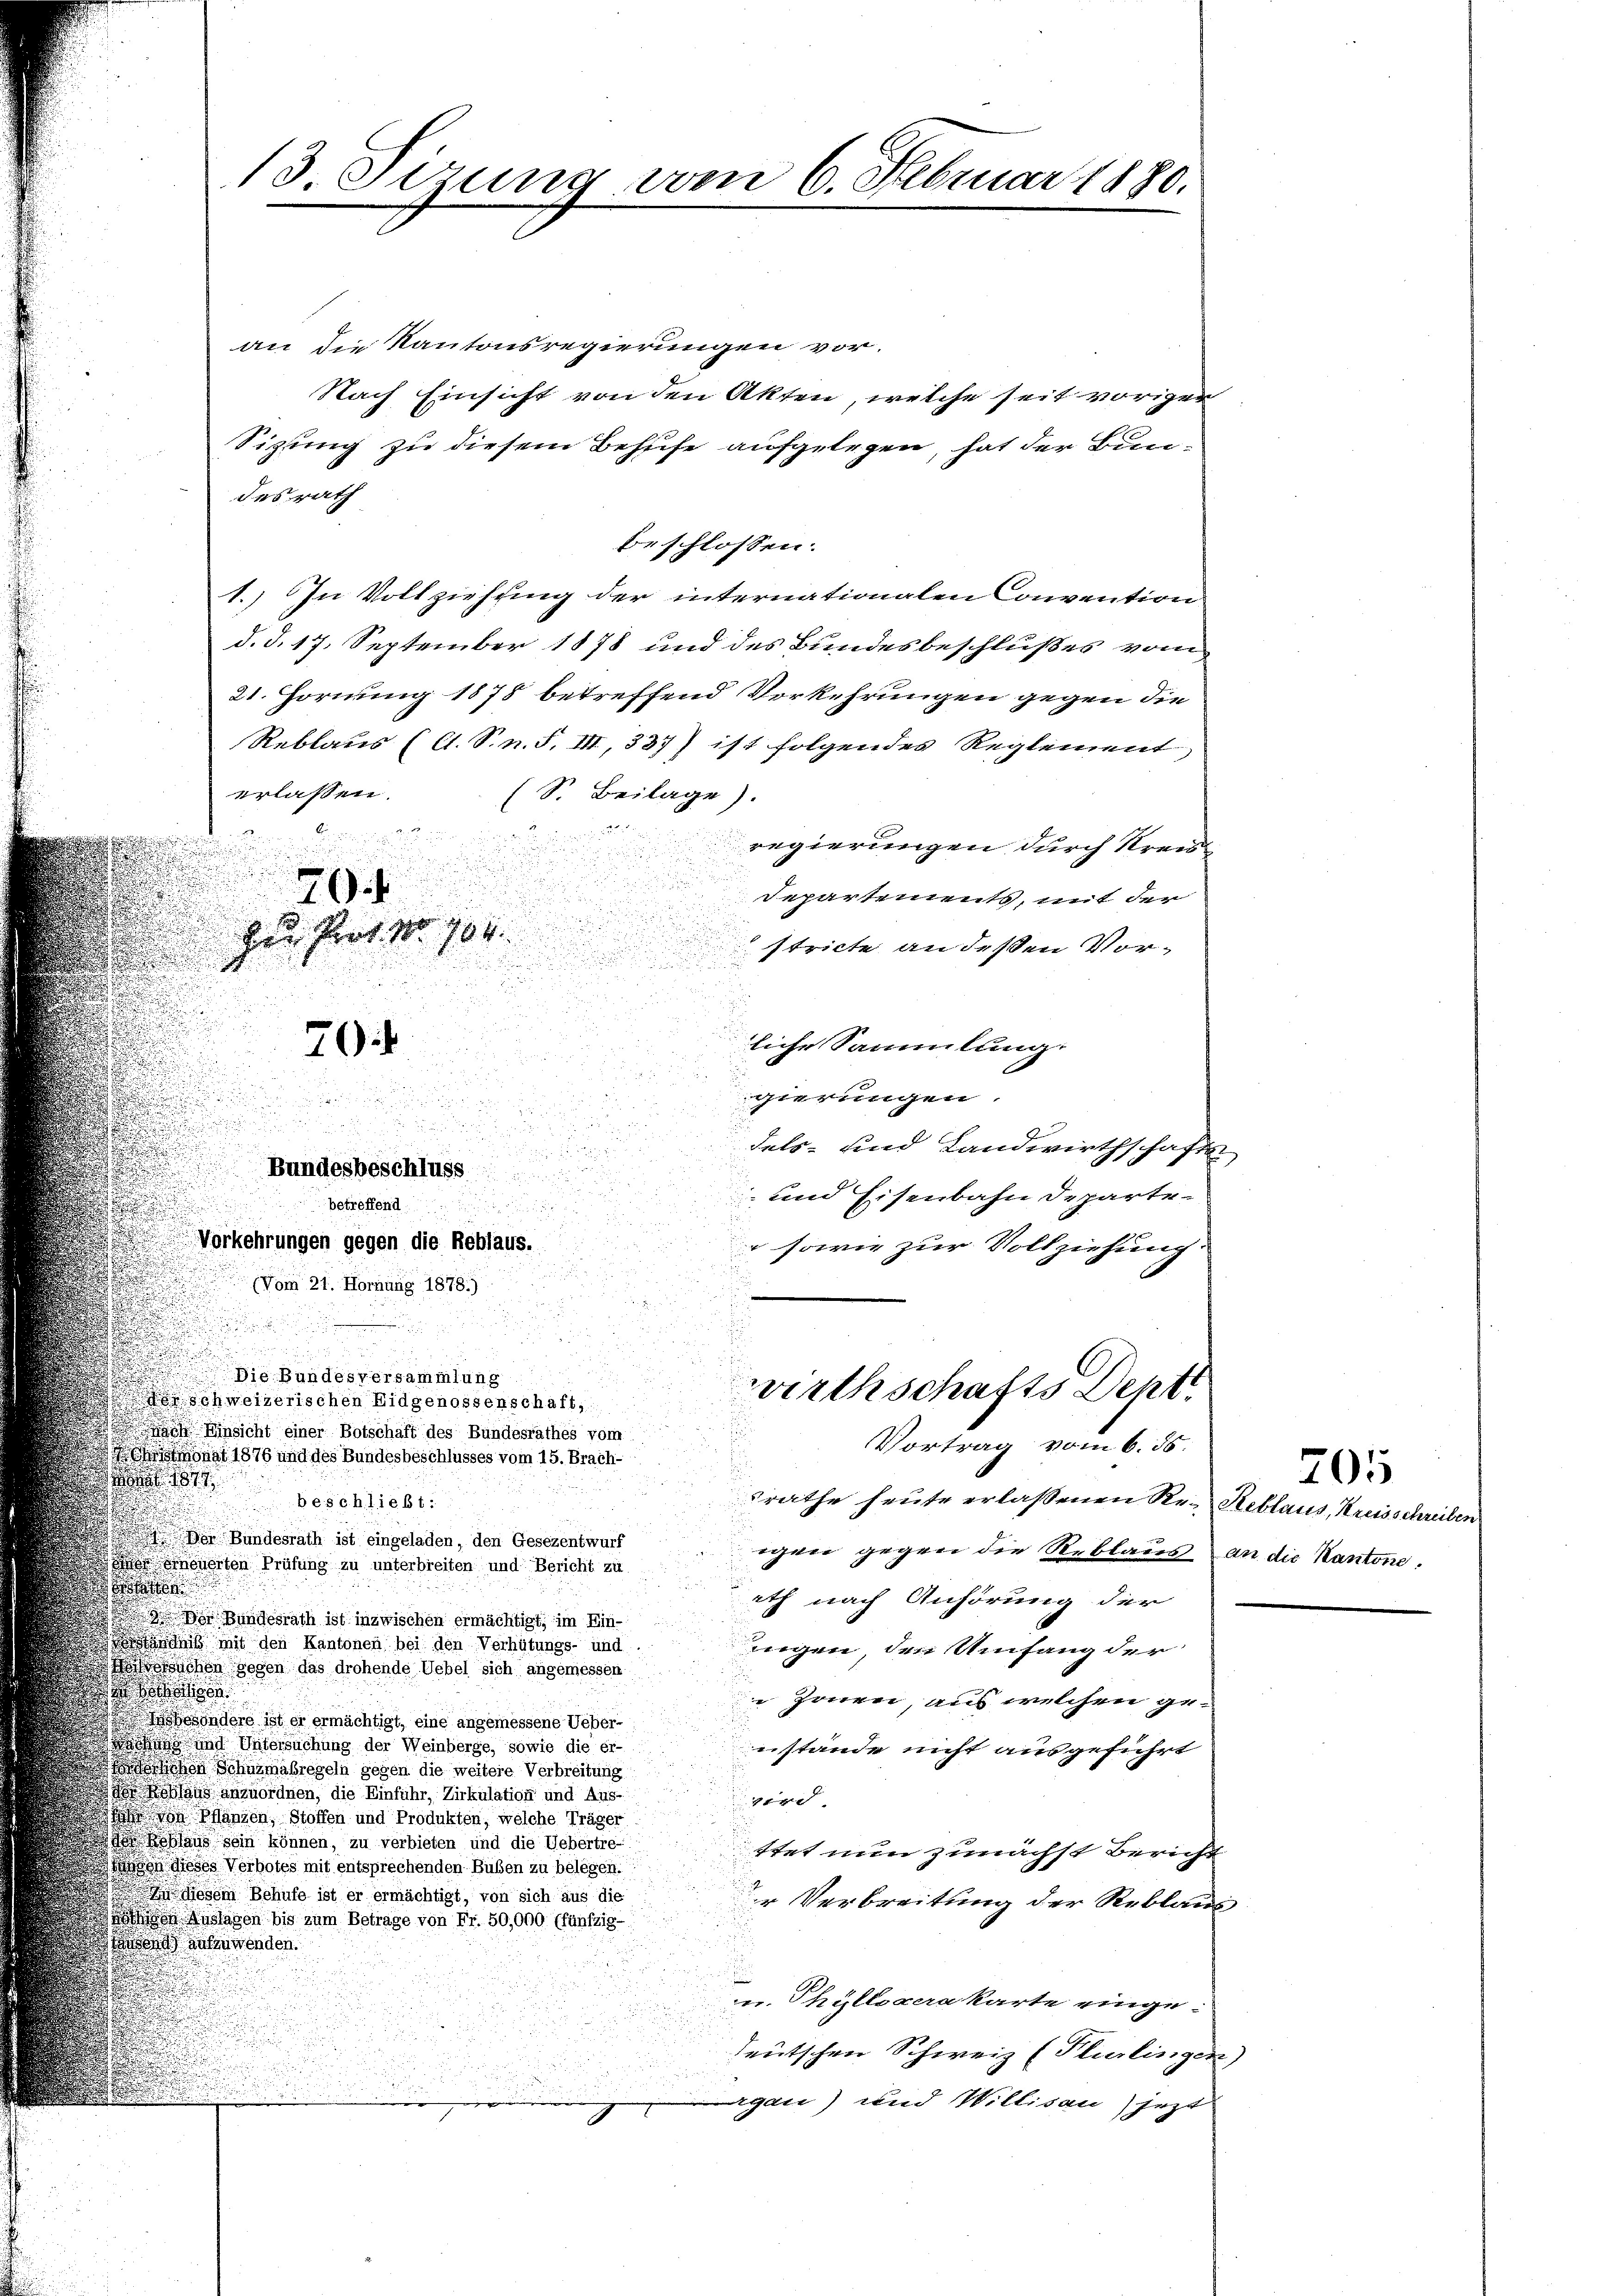
an die Kantonsregierungen vor.
Nach Einsicht von den Akten, welche seit voriger
Sizung zu diesem Behufe aufgelegen, hat der Bundesrath
beschlossen:
1.) In Vollziehung der internationalen Convention
d. d. 17. September 1878 und des Bundesbeschlußes vom
21. Hornung 1878 betreffend Vorkehrungen gegen die
Reblaus (C. S. n. F. III, 337) ist folgendes Reglement,
erlassen.
(S. Beilage).
127.
2
e
regierungen durch Kreise
Departements, mit der

den Prot. No 104.

stricte an deßen Vor¬

s
a
liche Sammlung.
e
gierungen.

u

dels- und Landwirthschafte

und Eisenbahn Departei
n
Vorkehrungen gegen die Reblaus.
r sowie zur Vollziehung.
u

(Vom 21. Hornung 1878.)
2
n
u

i
Die Bundesversammlung
wirthschafts Deht
schweizerischen Eidgenossenschaft,
 Einsicht einer Botschaft des Bundesrathes vom
Vortrag vom 6. 55.
stmonat 1876 und des Bundesbeschlusses vom 15. Brach-
.
806. 1877
Beschließt:
srathe heute erlassenen Re- Reblaus, Kreisschreiben
 Bundesrath ist eingeladen, den Gesezentwurf
igen gegen die Reblaus an die Kantone.
 Scheuerten Prüfung zu unterbreiten und Bericht zu
e
ith nach Anhörung der
 von Bundesrath ist inzwischen ermächtigt, im Ein-
ändis mit den Kantonen bei den Verhütungs- und
ingen, den Umfang der
stsachen gegen das drohende Uebel sich angemessen
e
Zonen, aus welchen geysbesondere ist er ermächtigt, eine angemessene Ueber-
und Untersuchung der Weinberge, sowie die ernstände nicht ausgeführt
on Schumabregeln gegen die weitere Verbreitung
oblaus anzuordnen, die Einführ, Zirkulation und Aus-
tr
 Plänen, Stoffen und Produkten, welche Träger
Reblaus sein können, zu verbieten und die Uebertre-
ttet nun zunächst Bericht
ogen dieses Verbotes mit entsprechenden Büben zu belegen.
diesem Behufe ist er ermächtigt, von sich aus die
r Verbreitung der Reblaus
n Auslagen bis zum Betrage von Fr. 50,000 (fünfzig-
at ausserwenden.
u. Philligerakarte eingedeutschen Schweiz (Plurlingen)
gen) und Willisau) jezt

13 serung am 6. Februar 1880.

70

7

Bundesbeschluss

betreffend

205